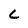
Character: L